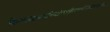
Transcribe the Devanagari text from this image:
क्रिफ्फ्वेक्न्फ्द्जुह्ग्विओल्स्ग्र्म्३फ्ज्निफ्ह्ग्फ्ह्सित्मिज्धेसिउथ्मिदुग्भ्फिउघिउफ्व्न्य्